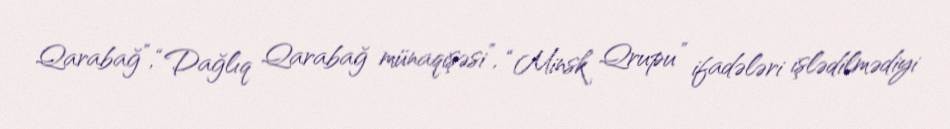
Qarabağ”, “Dağlıq Qarabağ münaqişəsi”, “Minsk Qrupu” ifadələri işlədilmədiyi